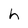
Character: h